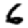
Digit: 6